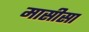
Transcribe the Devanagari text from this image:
मासीसा